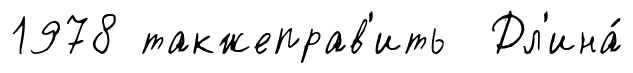
1978 такжеправ'ить Дл'ина́